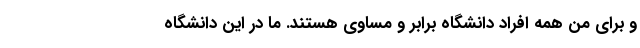
و برای من همه افراد دانشگاه برابر و مساوی هستند. ما در این دانشگاه